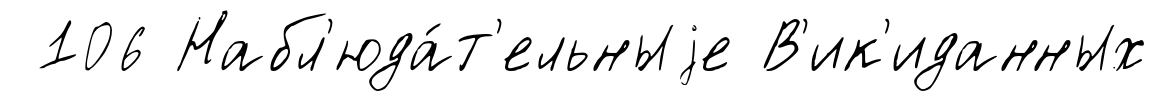
106 Набл'юда́т'ельныjе В'ик'иданных